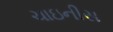
ચાઇનીસ